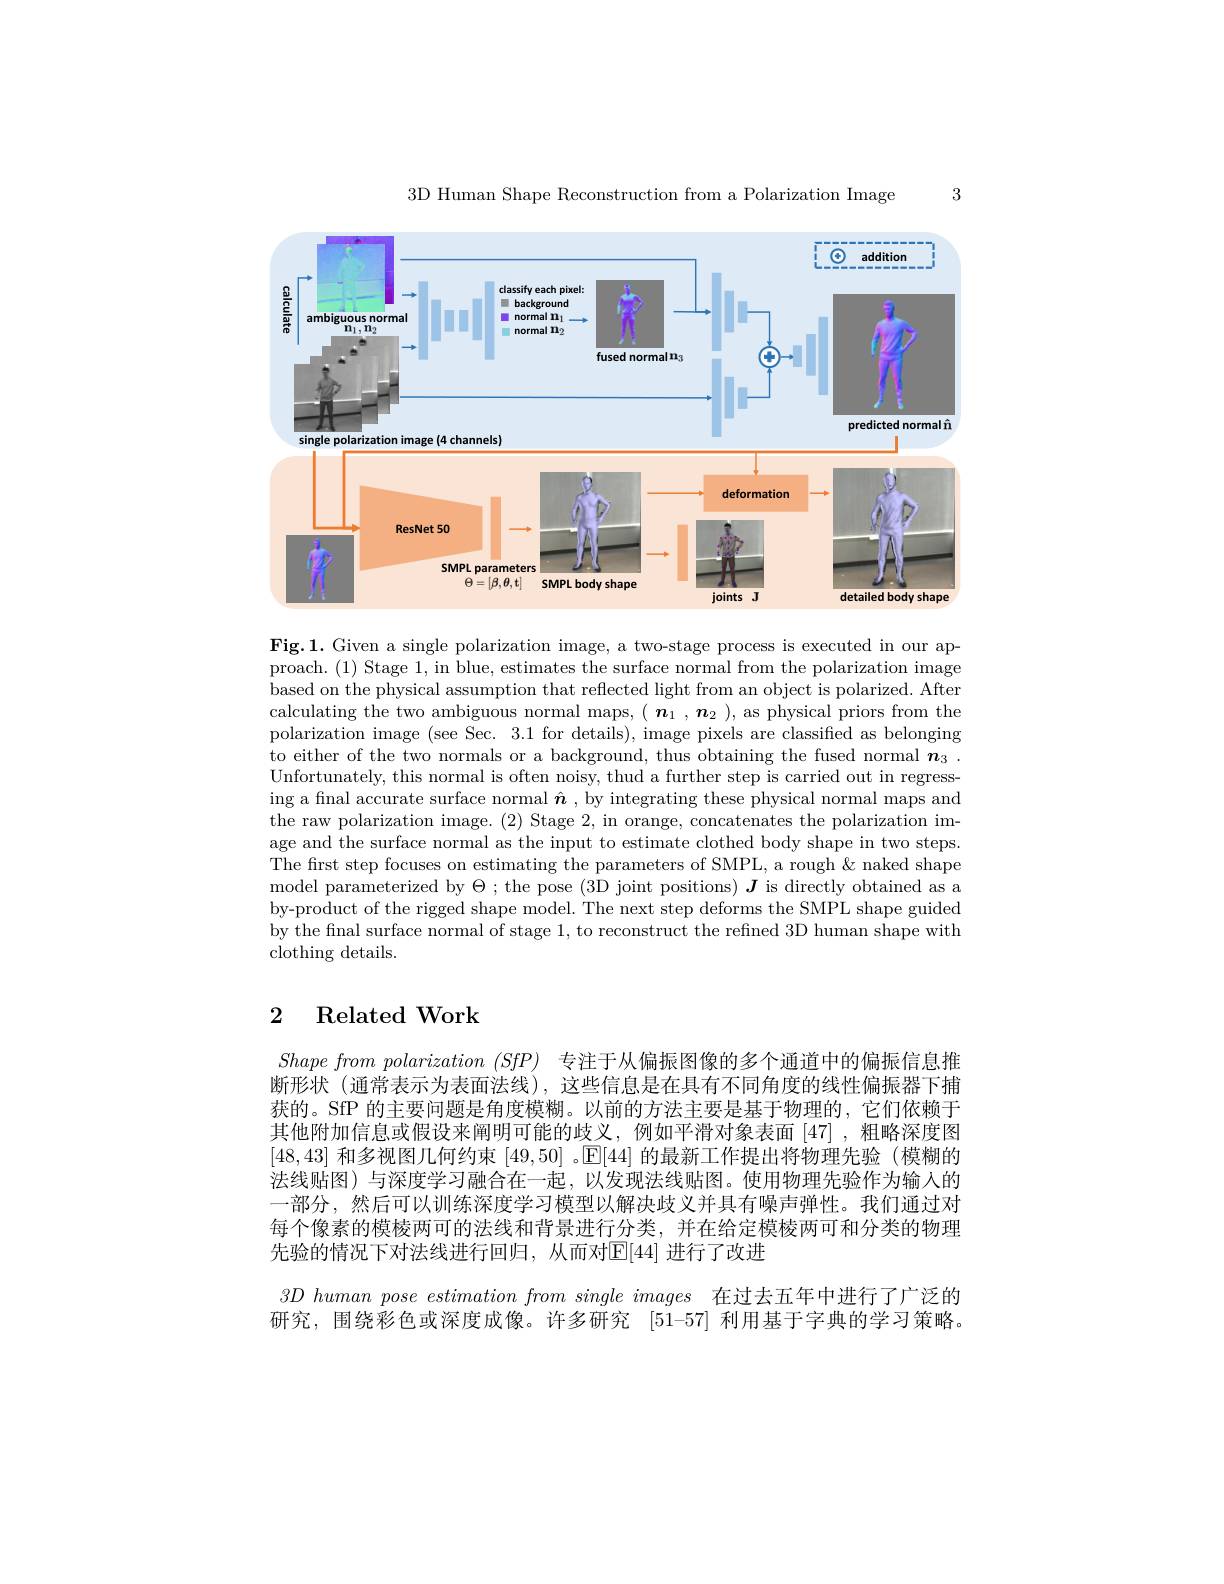
3

3D Human Shape Reconstruction from a Polarization Image

<FigureHere>

Fig.1. Given a single polarization image, a two-stage process is executed in our approach. (1) Stage 1, in blue, estimates the surface normal from the polarization image based on the physical assumption that reflected light from an object is polarized. After calculating the two ambiguous normal maps, $(\begin{array}{c}\boldsymbol{n}_1\end{array},\boldsymbol{n}_2)$, as physical priors from the polarization image (see Sec. 3.1 for details), image pixels are classified as belonging to either of the two normals or a background, thus obtaining the fused normal $\boldsymbol{n}_3.$ Unfortunately, this normal is often noisy, thud a further step is carried out in regressing a fınal accurate surface normal $\hat{\boldsymbol{n}}$, by integrating these physical normal maps and the raw polarization image. (2) Stage 2, in orange, concatenates the polarization image and the surface normal as the input to estimate clothed body shape in two steps. The first step focuses on estimating the parameters of SMPL, a rough& naked shape model parameterized by $\Theta;$ the pose (3D joint positions) $J$ is directly obtained as a by-product of the rigged shape model. The next step deforms the SMPL shape guided by the final surface normal of stage 1, to reconstruct the refined 3D human shape with clothing details.

## 2 Related Work

$Shape\textit{ from polarization ( SfP) }$ 专注于从偏振图像的多个通道中的偏振信息推断形状(通常表示为表面法线),这些信息是在具有不同角度的线性偏振器下捕获的。SfP 的主要问题是角度模糊。以前的方法主要是基于物理的，它们依赖于其他附加信息或假设来阐明可能的歧义，例如平滑对象表面[47],粗略深度图[48,43]和多视图几何约束[49,50] 。$\mathbb{E}[44]$的最新工作提出将物理先验(模糊的法线贴图)与深度学习融合在一起，以发现法线贴图。使用物理先验作为输入的一部分，然后可以训练深度学习模型以解决歧义并具有噪声弹性。我们通过对每个像素的模棱两可的法线和背景进行分类，并在给定模棱两可和分类的物理先验的情况下对法线进行回归，从而对$\mathbb{E}|44|$ 进行了改进
$3D\textit{ human pose estimation from single images 在 过 去 五 年 中 进 行 了 广 泛 的 }$ 研究，围绕彩色或深度成像。许多研究 [51-57] 利用基于字典的学习策略。